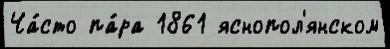
Ча́сто па́ра 1861 яснопол'янском